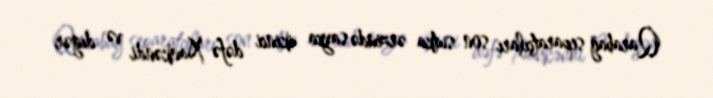
Qarabağ separatçıları son sutka ərzində sayca ikinci dəfə Xankəndi və digər